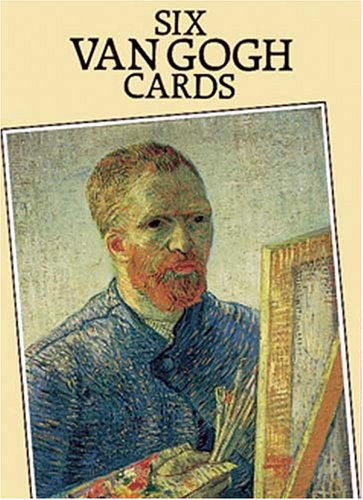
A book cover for Six Van Gogh Cards (Dover Postcards); Vincent Van Gogh; Crafts, Hobbies & Home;